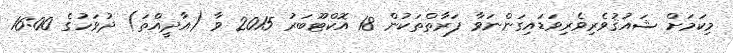
މިކަމަށް ޝައުޤުވެރިވެރިވަޑައިގަންނަވާ ފަރާތްތަކުން 18 އޮކްޓޫބަރު 2015 ވާ (އާދީއްތަ) ދުވަހުގެ 16:00